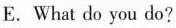
E.What do you do?